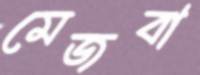
মেজবা